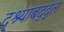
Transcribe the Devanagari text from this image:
दृश्याबद्द्ल